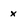
Character: x